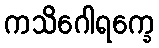
ကသိဂေါရက္ခေ